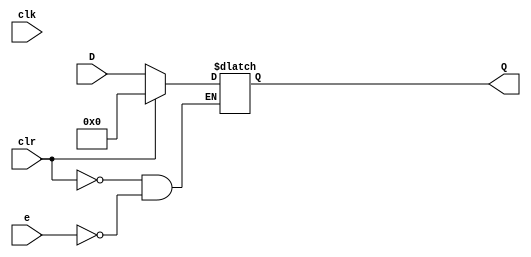
module Reg64(D, Q, clk, clr, e);
 input [63:0] D;
 input clk;
 input clr;
 input e; 
 output reg [63:0] Q; 
 
 always @(*)
	if (clr) begin
		Q <= 0; 
	end else if(e) begin 
		Q <= D;
	end
endmodule